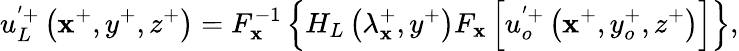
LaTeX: u_{L}^{'+}\left(\mathbf{x}^{+},y^{+},z^{+}\right)=F_{\mathbf{x}}^{-1}\left\{ H_{L}\left(\lambda_{\mathbf{x}}^{+},y^{+}\right)F_{\mathbf{x}}\left[u_{o}^{'+}\left(\mathbf{x}^{+},y_{o}^{+},z^{+}\right)\right]\right\} ,